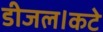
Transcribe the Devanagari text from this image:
डीजल।कटे